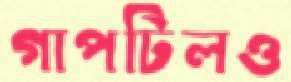
গাপটিলও